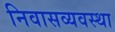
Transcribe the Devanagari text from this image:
निवासव्यवस्था